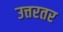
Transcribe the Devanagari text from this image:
उत्तरतर